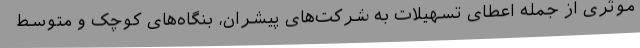
موثری از جمله اعطای تسهیلات به شرکت‌های پیشران، بنگاه‌های کوچک و متوسط